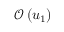
\mathcal { O } \left( u _ { 1 } \right)